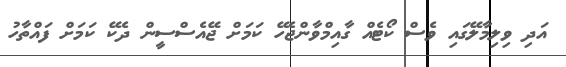
އަދި ވިލިމާލޭގައި ވެސް ކޯޓެއް ގާއިމްވާންޖެހޭ ކަމަށް ޖޭއެސްސީން ދެކޭ ކަމަށް ފައްތާހު